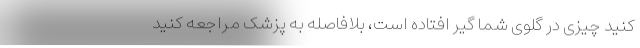
کنید چیزی در گلوی شما گیر افتاده است، بلافاصله به پزشک مراجعه کنید